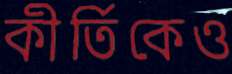
কীর্তিকেও